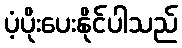
ပံ့ပိုးပေးနိုင်ပါသည်